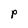
Character: P